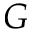
G